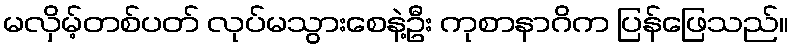
မလှိမ့်တစ်ပတ် လုပ်မသွားစေနဲ့ဦး ကုစာနာဂိက ပြန်ဖြေသည်။